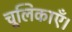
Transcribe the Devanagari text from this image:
चूलिकाएँ।